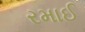
રમાઈ